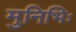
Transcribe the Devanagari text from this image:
मुनिभिः